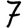
Digit: 7